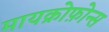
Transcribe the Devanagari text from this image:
मायक्रोफ़ोन्स